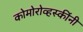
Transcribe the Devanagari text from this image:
कोमोरोव्हस्कींनी